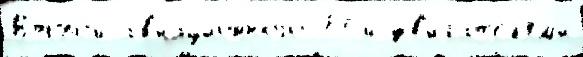
Второ́й ав'иацио́нного 74-й дв'и́гат'ел'ям'и